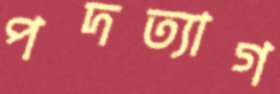
পদত্যাগ